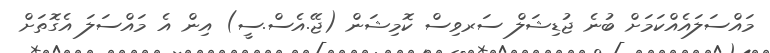
މައްސަލައެއްކަމަށް ބުނެ ޖުޑިޝަލް ސަރވިސް ކޮމިޝަން (ޖޭ.އެސް.ސީ) އިން އެ މައްސަލަ އެގޮތަށް